Annual administration report of the Civil Veterinary Department of India - 1904-1905
Year: 1904
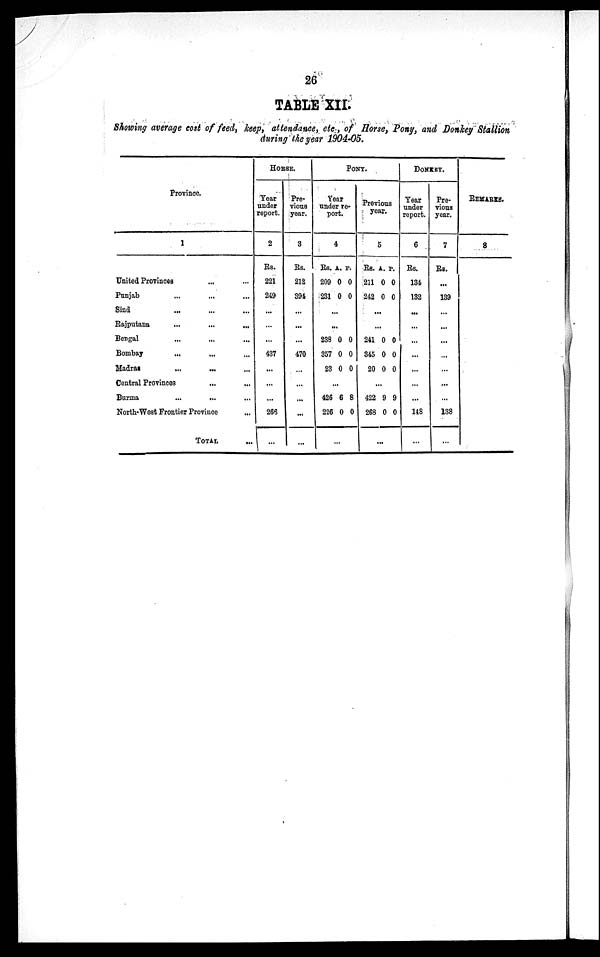
26
TABLE XII.
Showing average cost of feed, keep, attendance, etc., of Horse, Pony, and Donkey Stallion
during the year 1904-05.
Province.
1
United Provinces ... ...
Punjab
Sind ... ... ...
Rajputana
...
...
...
Bengal
Bombay
...
...
Madras ... ... ...
Central Provinces ... ...
Burma
...
... ...
North-West Frontier Province ...
TOTAL
HORSE.
Year
under
report.
2
Rs.
221
249
...
...
...
437
...
...
...
265
...
Pre-
vious
year.
3
Rs.
212
394
...
...
...
470
...
...
...
...
...
PONY.
Year
under re-
port.
4
Rs.
209
231
A.
0
0
P.
0
0
...
...
238
357
23
0
0
0
0
0
0
...
426
226
6
0
8
0
...
Previous
year.
5
Rs.
211
242
A.
0
0
P.
0
0
...
...
241
345
20
0
0
0
0
0
0
...
422
268
9
0
9
0
...
DONKEY.
Year
under
report.
6
Rs.
134
132
...
...
...
...
...
...
...
148
...
Pre-
vious
year.
7
Rs.
...
139
...
...
...
...
...
...
...
138
...
REMARKS.
8